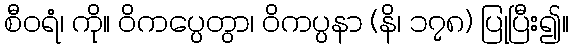
စီဝရံ၊ ကို။ ဝိကပ္ပေတွာ၊ ဝိကပ္ပနာ (နိ၊ ၁၇၈) ပြုပြီး၍။